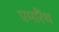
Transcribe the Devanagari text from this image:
एमारैंथ